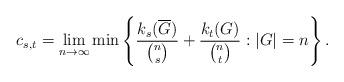
LaTeX: \begin{align*} c_{s,t} = \lim_{n \to \infty} \min \left\{ \frac{k_s(\overline{G})}{{n \choose s}} + \frac{k_t(G)}{{n \choose t}} : |G| = n \right\}.\end{align*}